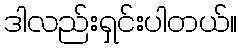
ဒါလည်းရှင်းပါတယ်။